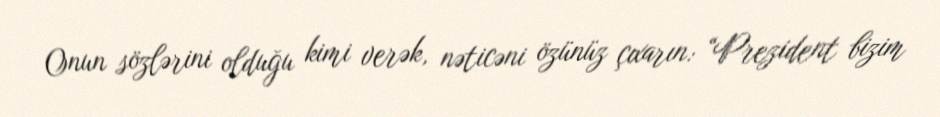
Onun sözlərini olduğu kimi verək, nəticəni özünüz çıxarın: “Prezident bizim